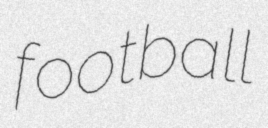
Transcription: football